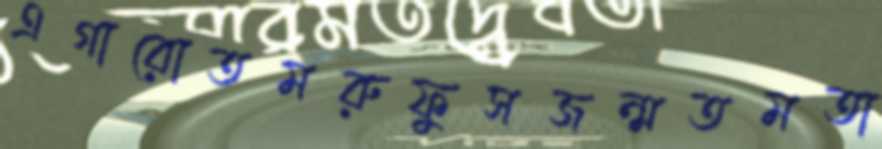
এগারোতমরুফুসজন্মতমতা